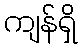
ကျန်ရှိ